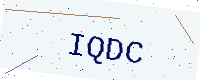
Text: IQDC